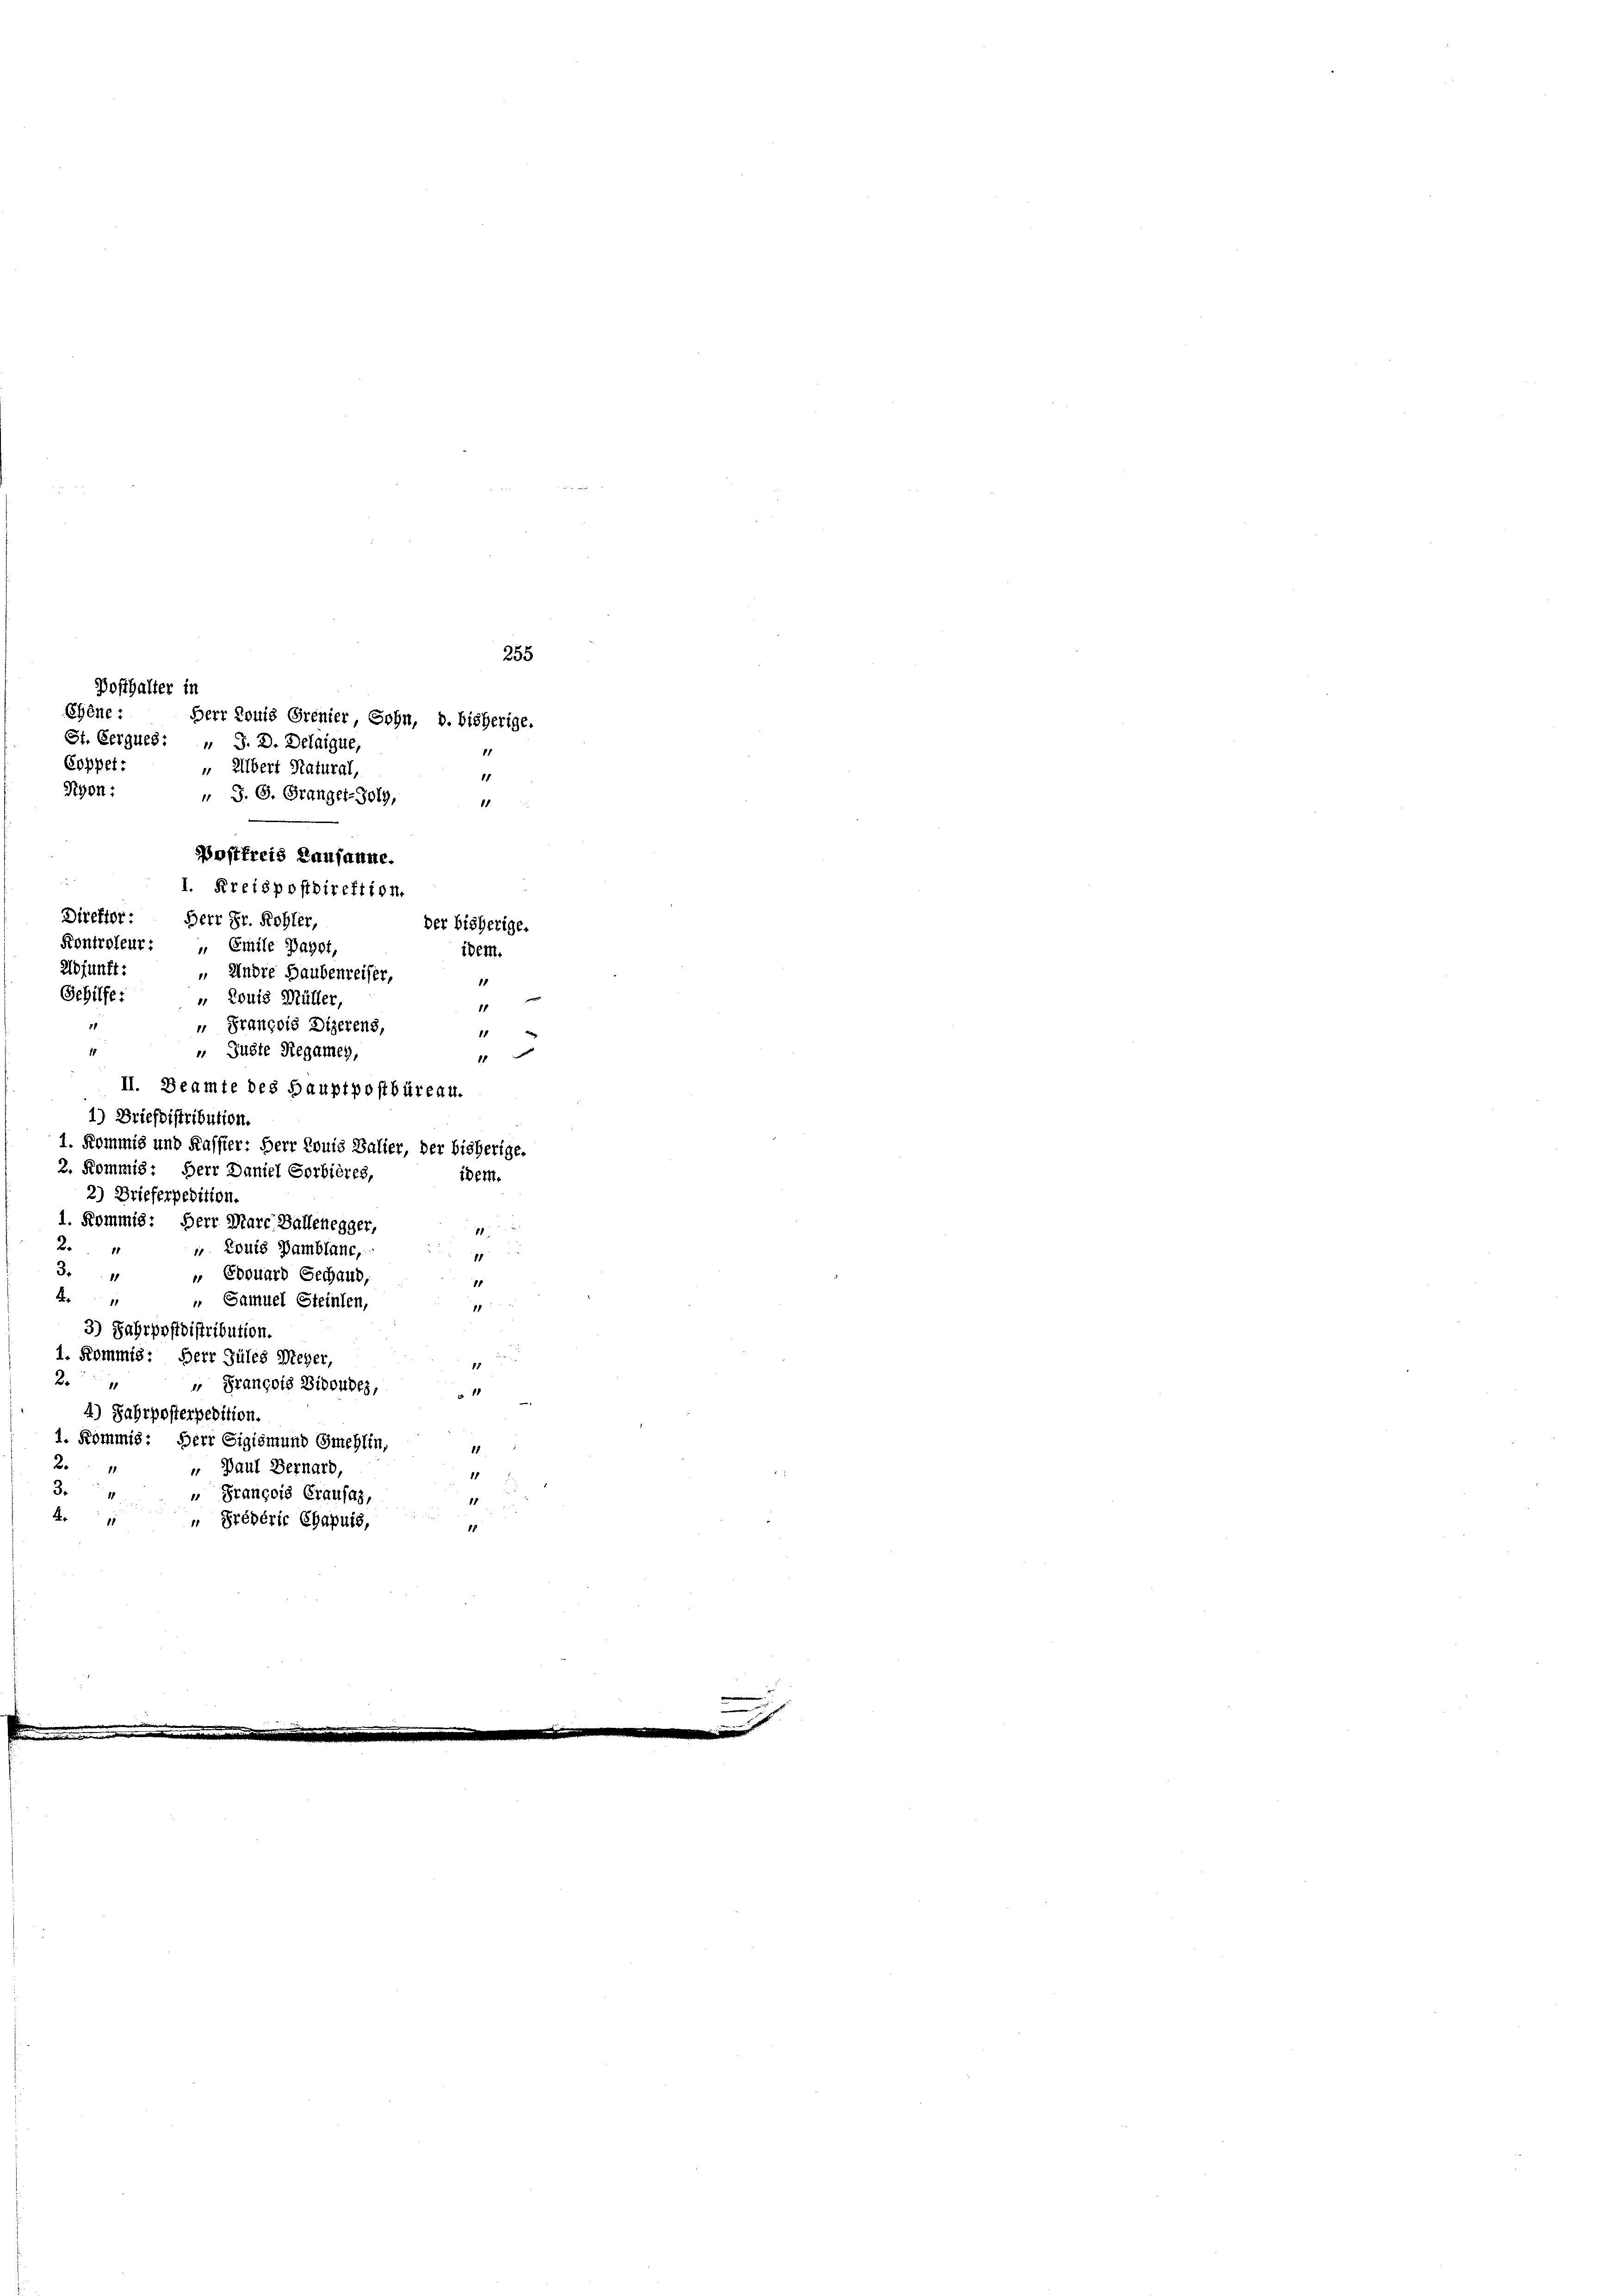
Posthalter in
Ehéne:
Herr Louis Prenier Sohn, d. bisherige.
St. Gergues: " J. D. Delaigue,
Coppet
 Übert Natural,
11
Rhon:
„ S. G. Granger-Solg,
11
Postfreis Lausanne.
I. Kreispostdirektion.
Direktor: Herr Dr. Rohler,
der bisherige.
Kontroleur: „ Emile Pagot,
adjunft:
 Andre Haubenreiser,
11
Gehilfe:
„ Louis Müller,
11
" François Dizerens,
11
„ Guste Regamey,
II. Beamte des Hauptpostbüreau.
1) Briefsistribution.
1. Kommis und Kasster: Herr Louis Balier, der bisherige.
2. Kommis: Herr Daniel Sorbières,
idern.
2) Brieferpedition.
1. Kommis: Herr Mare Ballenegger,
2
 Louis Bamblanc,
11
34
 Edouard Gechaud,
1
4. " " Samuel Steinlen,
1
3) Fahrpostdistribution.
1. Kommis: Herr Züles Meyer,
2.
" François Biboudes,
1
4) Jahrposterpedition.
1. Kommis: Herr Sigismund Gmelin,
20
" Paul Bernard
.
3
" François Grausas
11
4. " " Prébérir Chapuis,
1

idem.
1
2

255